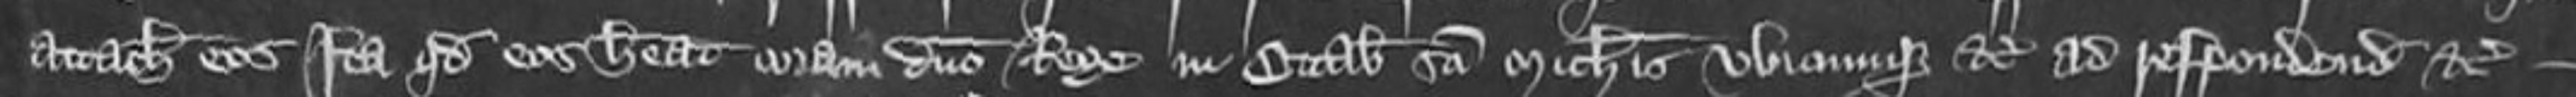
attachiatus eos ita quod eos habeat coram domino Rege in Octabis Sancti Michaelis ubicumque etc ad respondedum etc